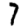
Digit: 7